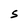
Character: 5